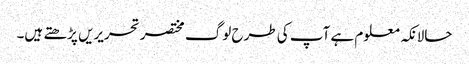
حالانکہ معلوم ہے آپ کی طرح لوگ مختصر تحریریں پڑھتے ہیں۔